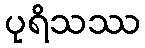
ပုရိသဿ